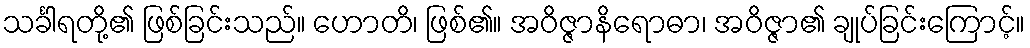
သင်္ခါရတို့၏ ဖြစ်ခြင်းသည်။ ဟောတိ၊ ဖြစ်၏။ အဝိဇ္ဇာနိရောဓာ၊ အဝိဇ္ဇာ၏ ချုပ်ခြင်းကြောင့်။